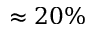
\approx 2 0 \%